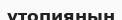
утопияның